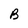
Character: B